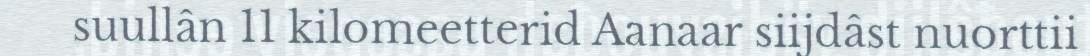
suullân 11 kilomeetterid Aanaar siijdâst nuorttii